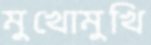
মুখোমুখি